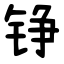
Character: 铮